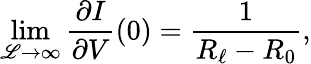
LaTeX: \operatorname*{lim}_{\mathscr{L}\to\infty}\frac{\partial I}{\partial V}(0)=\frac{1}{R_{\ell}-R_{0}},